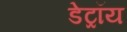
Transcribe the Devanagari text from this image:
डेट्रॉय